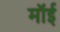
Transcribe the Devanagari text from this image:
मॉई